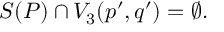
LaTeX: { \cal S } ( P ) \cap V _ { 3 } ( p ^ { \prime } , q ^ { \prime } ) = \emptyset .